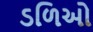
ડળિઓ